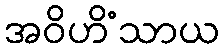
အဝိဟိံသာယ